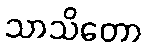
သာသိတော